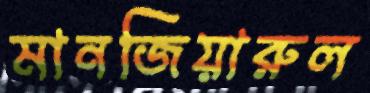
মানজিয়ারুল